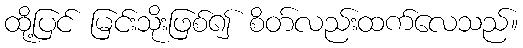
ထို့ပြင် မြင်းသိုးဖြစ်၍ စိတ်လည်းထက်လေသည်။